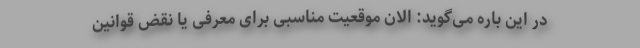
در این باره می‌گوید: الان موقعیت مناسبی برای معرفی یا نقض قوانین